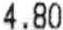
4.80